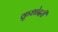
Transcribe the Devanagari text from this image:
कृशोदरी